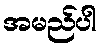
အမည်ပါ